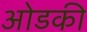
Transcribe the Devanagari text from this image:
ओडकी